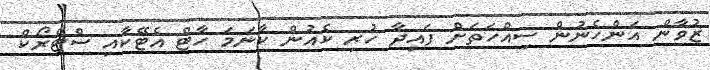
ޒުވާން އަންހެނުން ސިއްހަތަށް ފައިދާ ހުރި ކެއުން ކާނަމަ ހާޓް އެޓޭކާއި ސްޓްރޯކް